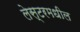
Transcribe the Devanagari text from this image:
लेस्टरमधील